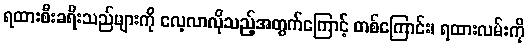
ရထားစီးခရီးသည်များကို လေ့လာလိုသည့်အတွက်ကြောင့် တစ်ကြောင်း၊ ရထားလမ်းကို